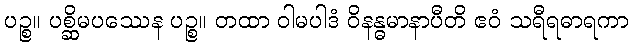
ပဉ္စ။ ပစ္ဆိမပဿေန ပဉ္စ။ တထာ ဝါမပါဒံ ဝိနန္ဓမာနာပီတိ ဧဝံ သရီရဓာရကာ